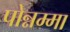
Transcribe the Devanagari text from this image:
पोन्नम्मा